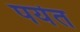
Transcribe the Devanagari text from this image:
पयॆत